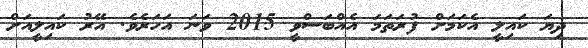
ދިޔަ ކައިލީ އެކަމަށް ފުރަތަމަ އެއްބަސްވީ 2015 ވަނަ އަހަރެވެ. އޭރު ކައިލީއަށް